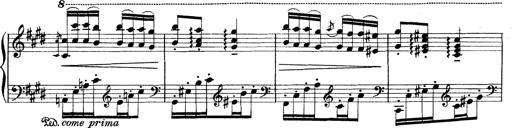
Title: Rapsodie: 19 ungheresi, 1 spagnuola
Composer: Franz Liszt